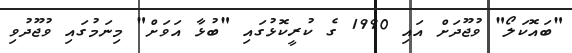
"ބައޮކަލޯ" ވުޖޫދަށް އައި 1990 ގެ ކުރީކޮޅުގައި "ބުޅާ އަވަށް" މިނަމުގައި ވުޖޫދުވި